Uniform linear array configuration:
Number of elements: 24
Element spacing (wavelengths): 1
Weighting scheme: hann
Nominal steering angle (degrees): -60
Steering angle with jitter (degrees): -60.188
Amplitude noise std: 0.05
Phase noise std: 0.05

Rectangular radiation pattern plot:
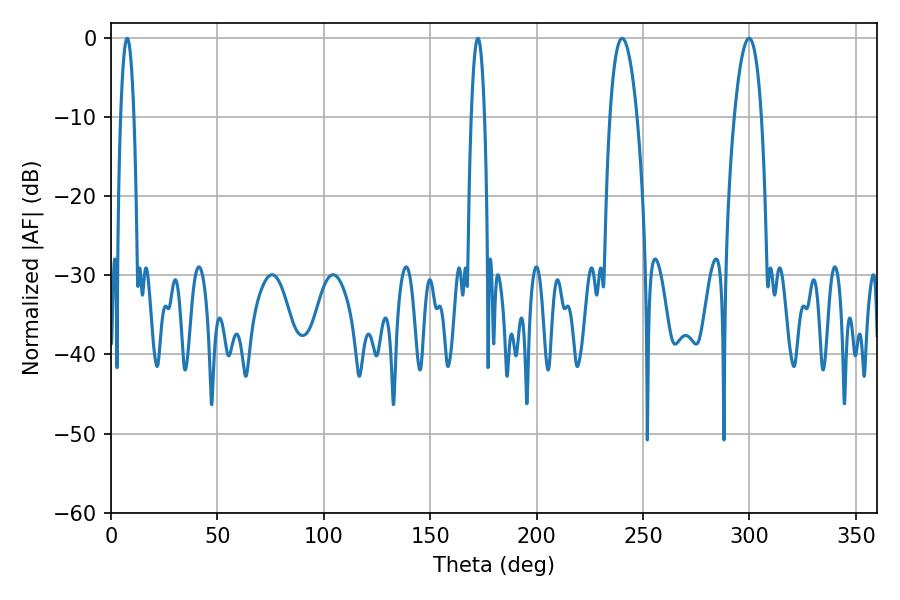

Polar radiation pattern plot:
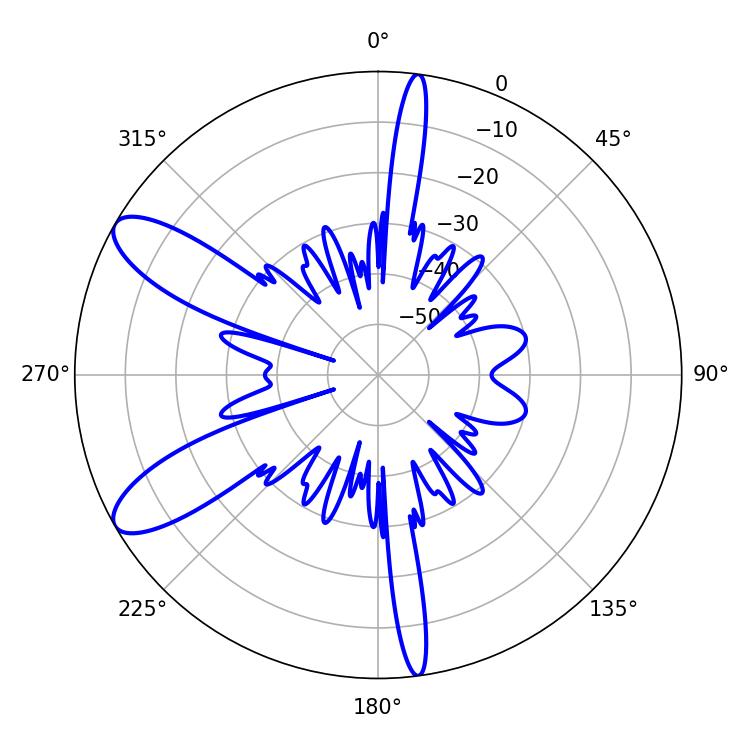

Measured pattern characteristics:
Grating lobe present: TRUE
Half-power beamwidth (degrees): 7.02
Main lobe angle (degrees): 240.12